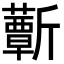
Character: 𣃕